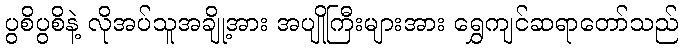
ပွစိပွစိနဲ့ လိုအပ်သူအချို့အား အပျိုကြီးများအား ရွှေကျင်ဆရာတော်သည်